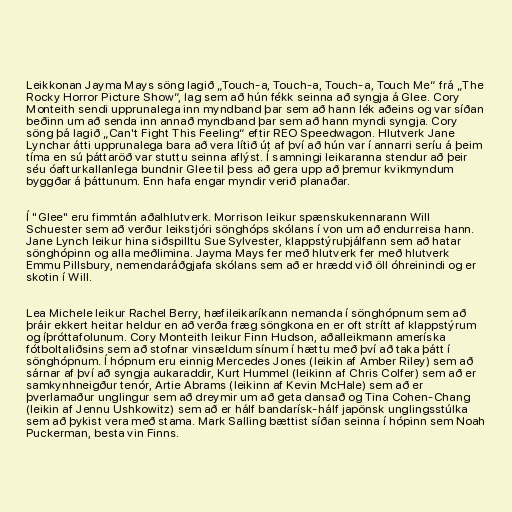
Leikkonan Jayma Mays söng lagið „Touch-a, Touch-a, Touch-a, Touch Me“ frá „The
Rocky Horror Picture Show“, lag sem að hún fékk seinna að syngja á Glee. Cory
Monteith sendi upprunalega inn myndband þar sem að hann lék aðeins og var síðan
beðinn um að senda inn annað myndband þar sem að hann myndi syngja. Cory
söng þá lagið „Can't Fight This Feeling“ eftir REO Speedwagon. Hlutverk Jane
Lynchar átti upprunalega bara að vera lítið út af því að hún var í annarri seríu á þeim
tíma en sú þáttaröð var stuttu seinna aflýst. Í samningi leikaranna stendur að þeir
séu óafturkallanlega bundnir Glee til þess að gera upp að þremur kvikmyndum
byggðar á þáttunum. Enn hafa engar myndir verið planaðar.

Í "Glee" eru fimmtán aðalhlutverk. Morrison leikur spænskukennarann Will
Schuester sem að verður leikstjóri sönghóps skólans í von um að endurreisa hann.
Jane Lynch leikur hina siðspilltu Sue Sylvester, klappstýruþjálfann sem að hatar
sönghópinn og alla meðlimina. Jayma Mays fer með hlutverk fer með hlutverk
Emmu Pillsbury, nemendaráðgjafa skólans sem að er hrædd við öll óhreinindi og er
skotin í Will.

Lea Michele leikur Rachel Berry, hæfileikaríkann nemanda í sönghópnum sem að
þráir ekkert heitar heldur en að verða fræg söngkona en er oft strítt af klappstýrum
og íþróttafolunum. Cory Monteith leikur Finn Hudson, aðalleikmann ameríska
fótboltaliðsins sem að stofnar vinsældum sínum í hættu með því að taka þátt í
sönghópnum. Í hópnum eru einnig Mercedes Jones (leikin af Amber Riley) sem að
sárnar af því að syngja aukaraddir, Kurt Hummel (leikinn af Chris Colfer) sem að er
samkynhneigður tenór, Artie Abrams (leikinn af Kevin McHale) sem að er
þverlamaður unglingur sem að dreymir um að geta dansað og Tina Cohen-Chang
(leikin af Jennu Ushkowitz) sem að er hálf bandarísk-hálf japönsk unglingsstúlka
sem að þykist vera með stama. Mark Salling bættist síðan seinna í hópinn sem Noah
Puckerman, besta vin Finns.